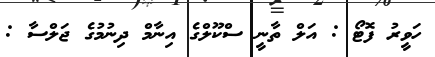
ހަވީރު ފޮޓޯ : އަލް ތާނީ ސްކޫލްގެ އިނާމް ދިނުމުގެ ޖަލްސާ :